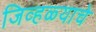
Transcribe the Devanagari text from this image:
जिव्हळ्याचे